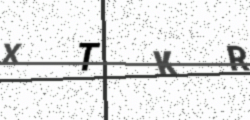
Text: XTKR